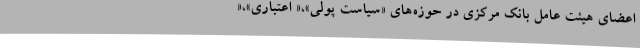
اعضای هیئت عامل بانک مرکزی در حوزه‌های «سیاست پولی»،« اعتباری»،«